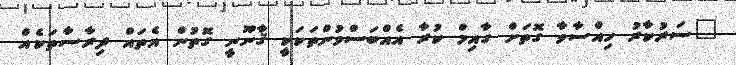
"ސަރުކާރު ހިއްސާވާ ގޮތަށް ގާއިމް ކުރާ އެއްބަސްވުންތަކަކީ ޤާނޫނީ ގޮތުން އެތައް ދިރާސާތަކެއް